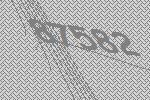
87582